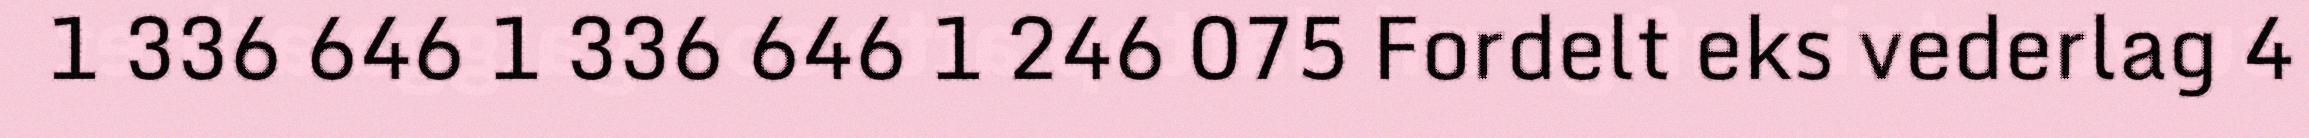
1 336 646 1 336 646 1 246 075 Fordelt eks vederlag 4